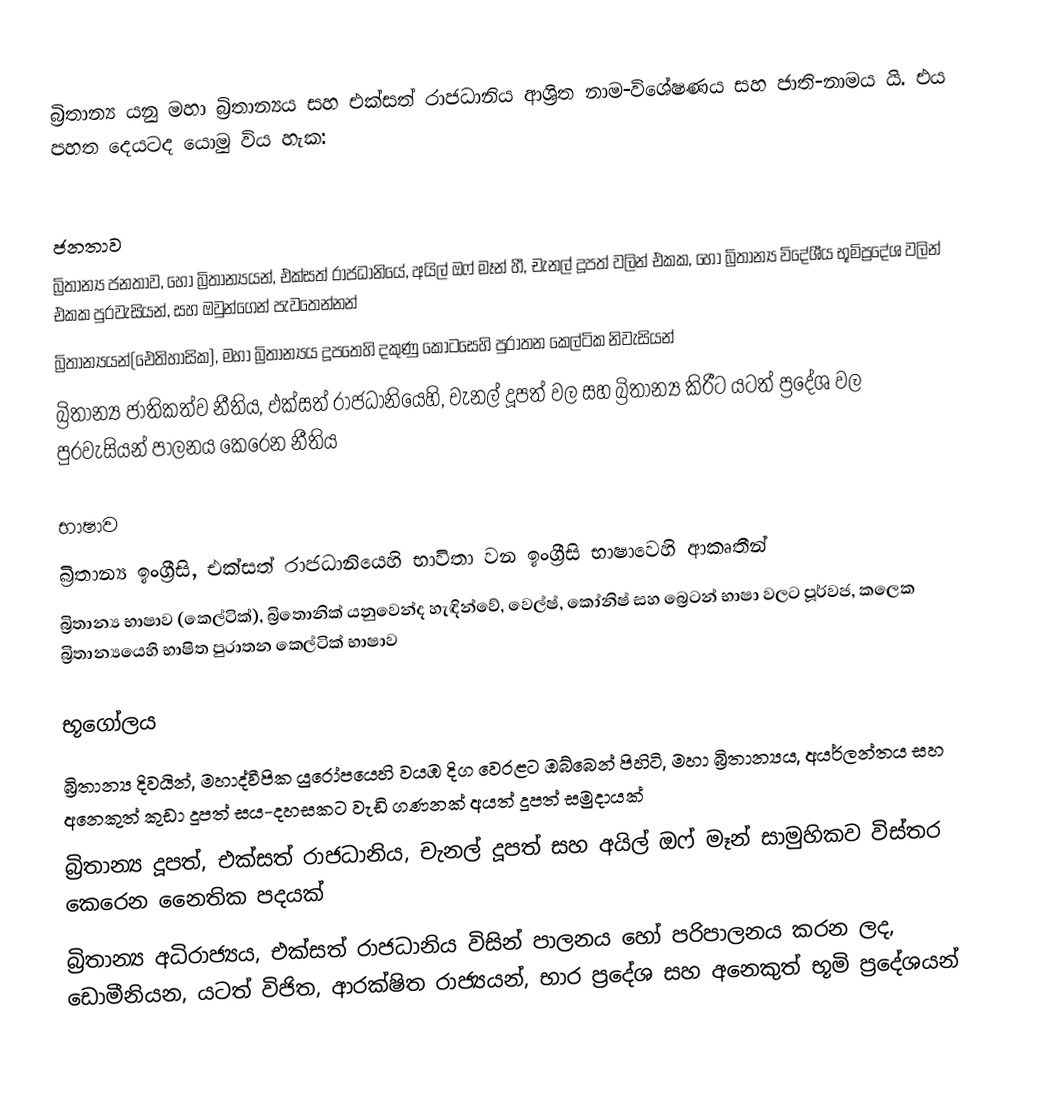
බ්‍රිතාන්‍ය යනු මහා බ්‍රිතාන්‍යය සහ එක්සත් රාජධානිය ආශ්‍රිත නාම-විශේෂණය සහ ජාති-නාමය යි. එය පහත දෙයටද යොමු විය හැක:

ජනතාව
 බ්‍රිතාන්‍ය ජනතාව, හෝ බ්‍රිතාන්‍යයන්, එක්සත් රාජධානියේ, අයිල් ඔෆ් මෑන් හී, චැනල් දූපත් වලින් එකක, හෝ බ්‍රිතාන්‍ය විදේශීය භූමිප්‍රදේශ වලින් එකක පුරවැසියන්, සහ ඔවුන්ගෙන් පැවතෙන්නන්
 බ්‍රිතාන්‍යයන්(‍ඓතිහාසික), මහා බ්‍රිතාන්‍යය දූපතෙහි දකුණු කොටසෙහි පුරාතන කෙල්ටික නිවැසියන්
 බ්‍රිතාන්‍ය ජාතිකත්ව නීතිය, එක්සත් රාජධානියෙහි, චැනල් දූපත් වල සහ බ්‍රිතාන්‍ය කිරීට යටත් ප්‍රදේශ වල පුරවැසියන් පාලනය කෙරෙන නීතිය

භාෂාව
 බ්‍රිතාන්‍ය ඉංග්‍රීසි, එක්සත් රාජධානියෙහි භාවිතා වන ඉංග්‍රීසි භාෂාවෙහි ආකෘතීන්
 බ්‍රිතාන්‍ය භාෂාව (කෙල්ටික්), බ්‍රිතොනික් යනුවෙන්ද හැඳින්වේ, වෙල්ෂ්, කෝනිෂ් සහ බ්‍රෙටන් භාෂා වලට පූර්වජ, කලෙක බ්‍රිතාන්‍යයෙහි භාෂිත පුරාතන කෙල්ටික් භාෂාව

භූගෝලය
 බ්‍රිතාන්‍ය දිවයින්, මහාද්වීපික යුරෝපයෙහි වයඹ දිග වෙරළට ඔබ්බෙන් පිහිටි, මහා බ්‍රිතාන්‍යය, අයර්ලන්තය සහ අනෙකුත් කුඩා දූපත් සය-දහසකට වැඩි ගණනක් අයත් දූපත් සමුදායක්
 බ්‍රිතාන්‍ය දූපත්, එක්සත් රාජධානිය, චැනල් දූපත් සහ අයිල් ඔෆ් මෑන් සාමුහිකව විස්තර කෙරෙන නෛතික පදයක්
 බ්‍රිතාන්‍ය අධිරාජ්‍යය, එක්සත් රාජධානිය විසින් පාලනය හෝ පරිපාලනය කරන ලද, ඩොමීනියන, යටත් විජිත, ආරක්ෂිත රාජ්‍යයන්, භාර ප්‍රදේශ සහ අනෙකුත් භූමි ප්‍රදේශයන්